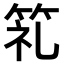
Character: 𮅍